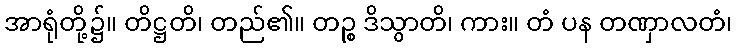
အာရုံတို့၌။ တိဋ္ဌတိ၊ တည်၏။ တဉ္စ ဒိသွာတိ၊ ကား။ တံ ပန တဏှာလတံ၊